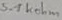
Text: 5.1kohm